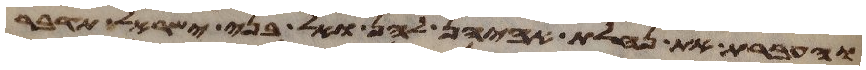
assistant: והעברת את נחלת אביהן להן ואל בני ישראל תדבר